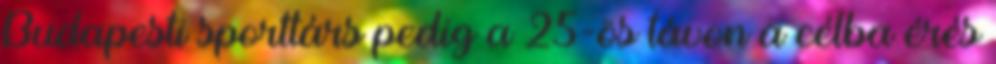
Budapesti sporttárs pedig a 25-ös távon a célba érés